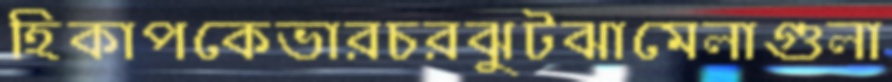
হিকাপকেভারচরঝুটঝামেলাগুলা